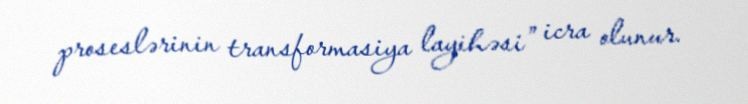
proseslərinin transformasiya layihəsi” icra olunur.